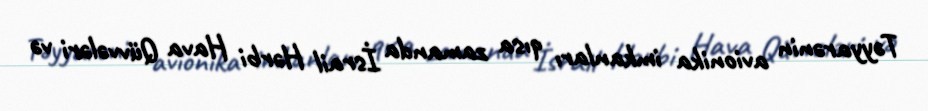
Təyyarənin avionika imkanları qısa zamanda İsrail Hərbi Hava Qüvvələri və